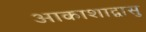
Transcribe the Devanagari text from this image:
आकाशाद्वासु